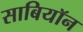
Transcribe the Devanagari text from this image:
साबियॉन